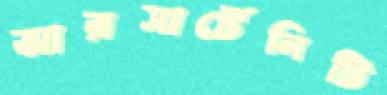
আরসার্টেনিটি